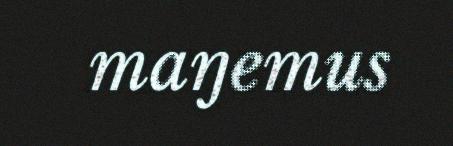
maŋemus